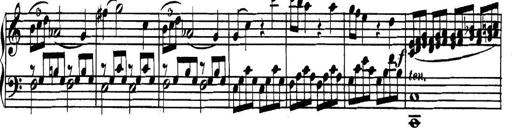
Title: Collected Piano Sonatas
Composer: Muzio Clementi